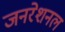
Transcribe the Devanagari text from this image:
जनरेशनल